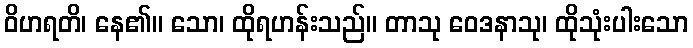
ဝိဟရတိ၊ နေ၏။ သော၊ ထိုရဟန်းသည်။ တာသု ဝေဒနာသု၊ ထိုသုံးပါးသော